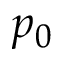
p _ { 0 }